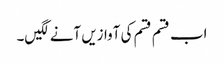
اب قسم قسم کی آوازیں آنے لگیں۔